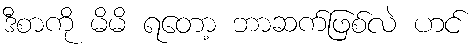
ဒီစာကို မိမိ ရတော့ ဘာဆက်ဖြစ်လဲ ဟင်